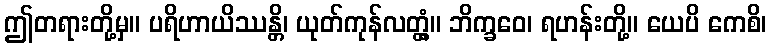
ဤတရားတို့မှ။ ပရိဟာယိဿန္တိ၊ ယုတ်ကုန်လတ္တံ့။ ဘိက္ခဝေ၊ ရဟန်းတို့။ ယေပိ ကေစိ၊